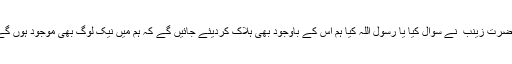
حضرت زینب ؓ نے سوال کیا یا رسول اللہ کیا ہم اس کے باوجود بھی ہلاک کردیئے جائیں گے کہ ہم میں نیک لوگ بھی موجود ہوں گے۔